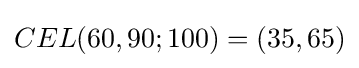
CEL(60,90;100)=(35,65)